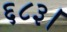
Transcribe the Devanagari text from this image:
६८३।